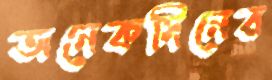
অনেকদিনের